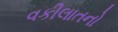
વકીલાતનો